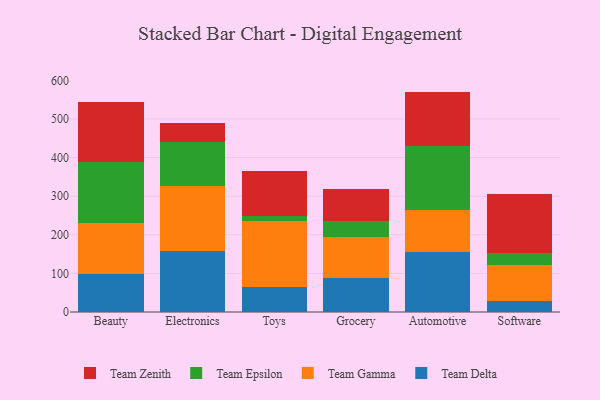
{"axis": {"x": "Category", "y": "Tickets Resolved"}, "legend": ["Team Delta", "Team Epsilon", "Team Gamma", "Team Zenith"], "data": [{"x": "Beauty", "y": 98.8, "type": "Team Delta"}, {"x": "Beauty", "y": 132.8, "type": "Team Gamma"}, {"x": "Beauty", "y": 156.3, "type": "Team Epsilon"}, {"x": "Beauty", "y": 156.5, "type": "Team Zenith"}, {"x": "Electronics", "y": 158.1, "type": "Team Delta"}, {"x": "Electronics", "y": 169.5, "type": "Team Gamma"}, {"x": "Electronics", "y": 113.2, "type": "Team Epsilon"}, {"x": "Electronics", "y": 48.2, "type": "Team Zenith"}, {"x": "Toys", "y": 65.3, "type": "Team Delta"}, {"x": "Toys", "y": 169.7, "type": "Team Gamma"}, {"x": "Toys", "y": 14.4, "type": "Team Epsilon"}, {"x": "Toys", "y": 116.4, "type": "Team Zenith"}, {"x": "Grocery", "y": 87.0, "type": "Team Delta"}, {"x": "Grocery", "y": 107.6, "type": "Team Gamma"}, {"x": "Grocery", "y": 40.7, "type": "Team Epsilon"}, {"x": "Grocery", "y": 83.9, "type": "Team Zenith"}, {"x": "Automotive", "y": 155.4, "type": "Team Delta"}, {"x": "Automotive", "y": 110.0, "type": "Team Gamma"}, {"x": "Automotive", "y": 164.3, "type": "Team Epsilon"}, {"x": "Automotive", "y": 141.1, "type": "Team Zenith"}, {"x": "Software", "y": 29.5, "type": "Team Delta"}, {"x": "Software", "y": 93.2, "type": "Team Gamma"}, {"x": "Software", "y": 30.0, "type": "Team Epsilon"}, {"x": "Software", "y": 154.1, "type": "Team Zenith"}]}